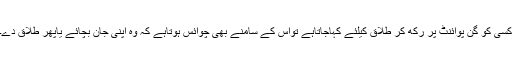
کسی کو گن پوائنٹ پر رکھ کر طلاق کیلئے کہاجاتاہے تواس کے سامنے بھی چوائس ہوتاہے کہ وہ اپنی جان بچائے یاپھر طلاق دے۔